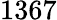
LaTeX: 1367